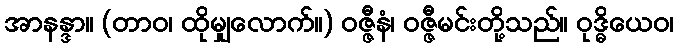
အာနန္ဒာ။ (တာဝ၊ ထိုမျှလောက်။) ဝဇ္ဇီနံ၊ ဝဇ္ဇီမင်းတို့သည်။ ဝုဒ္ဓိယေဝ၊